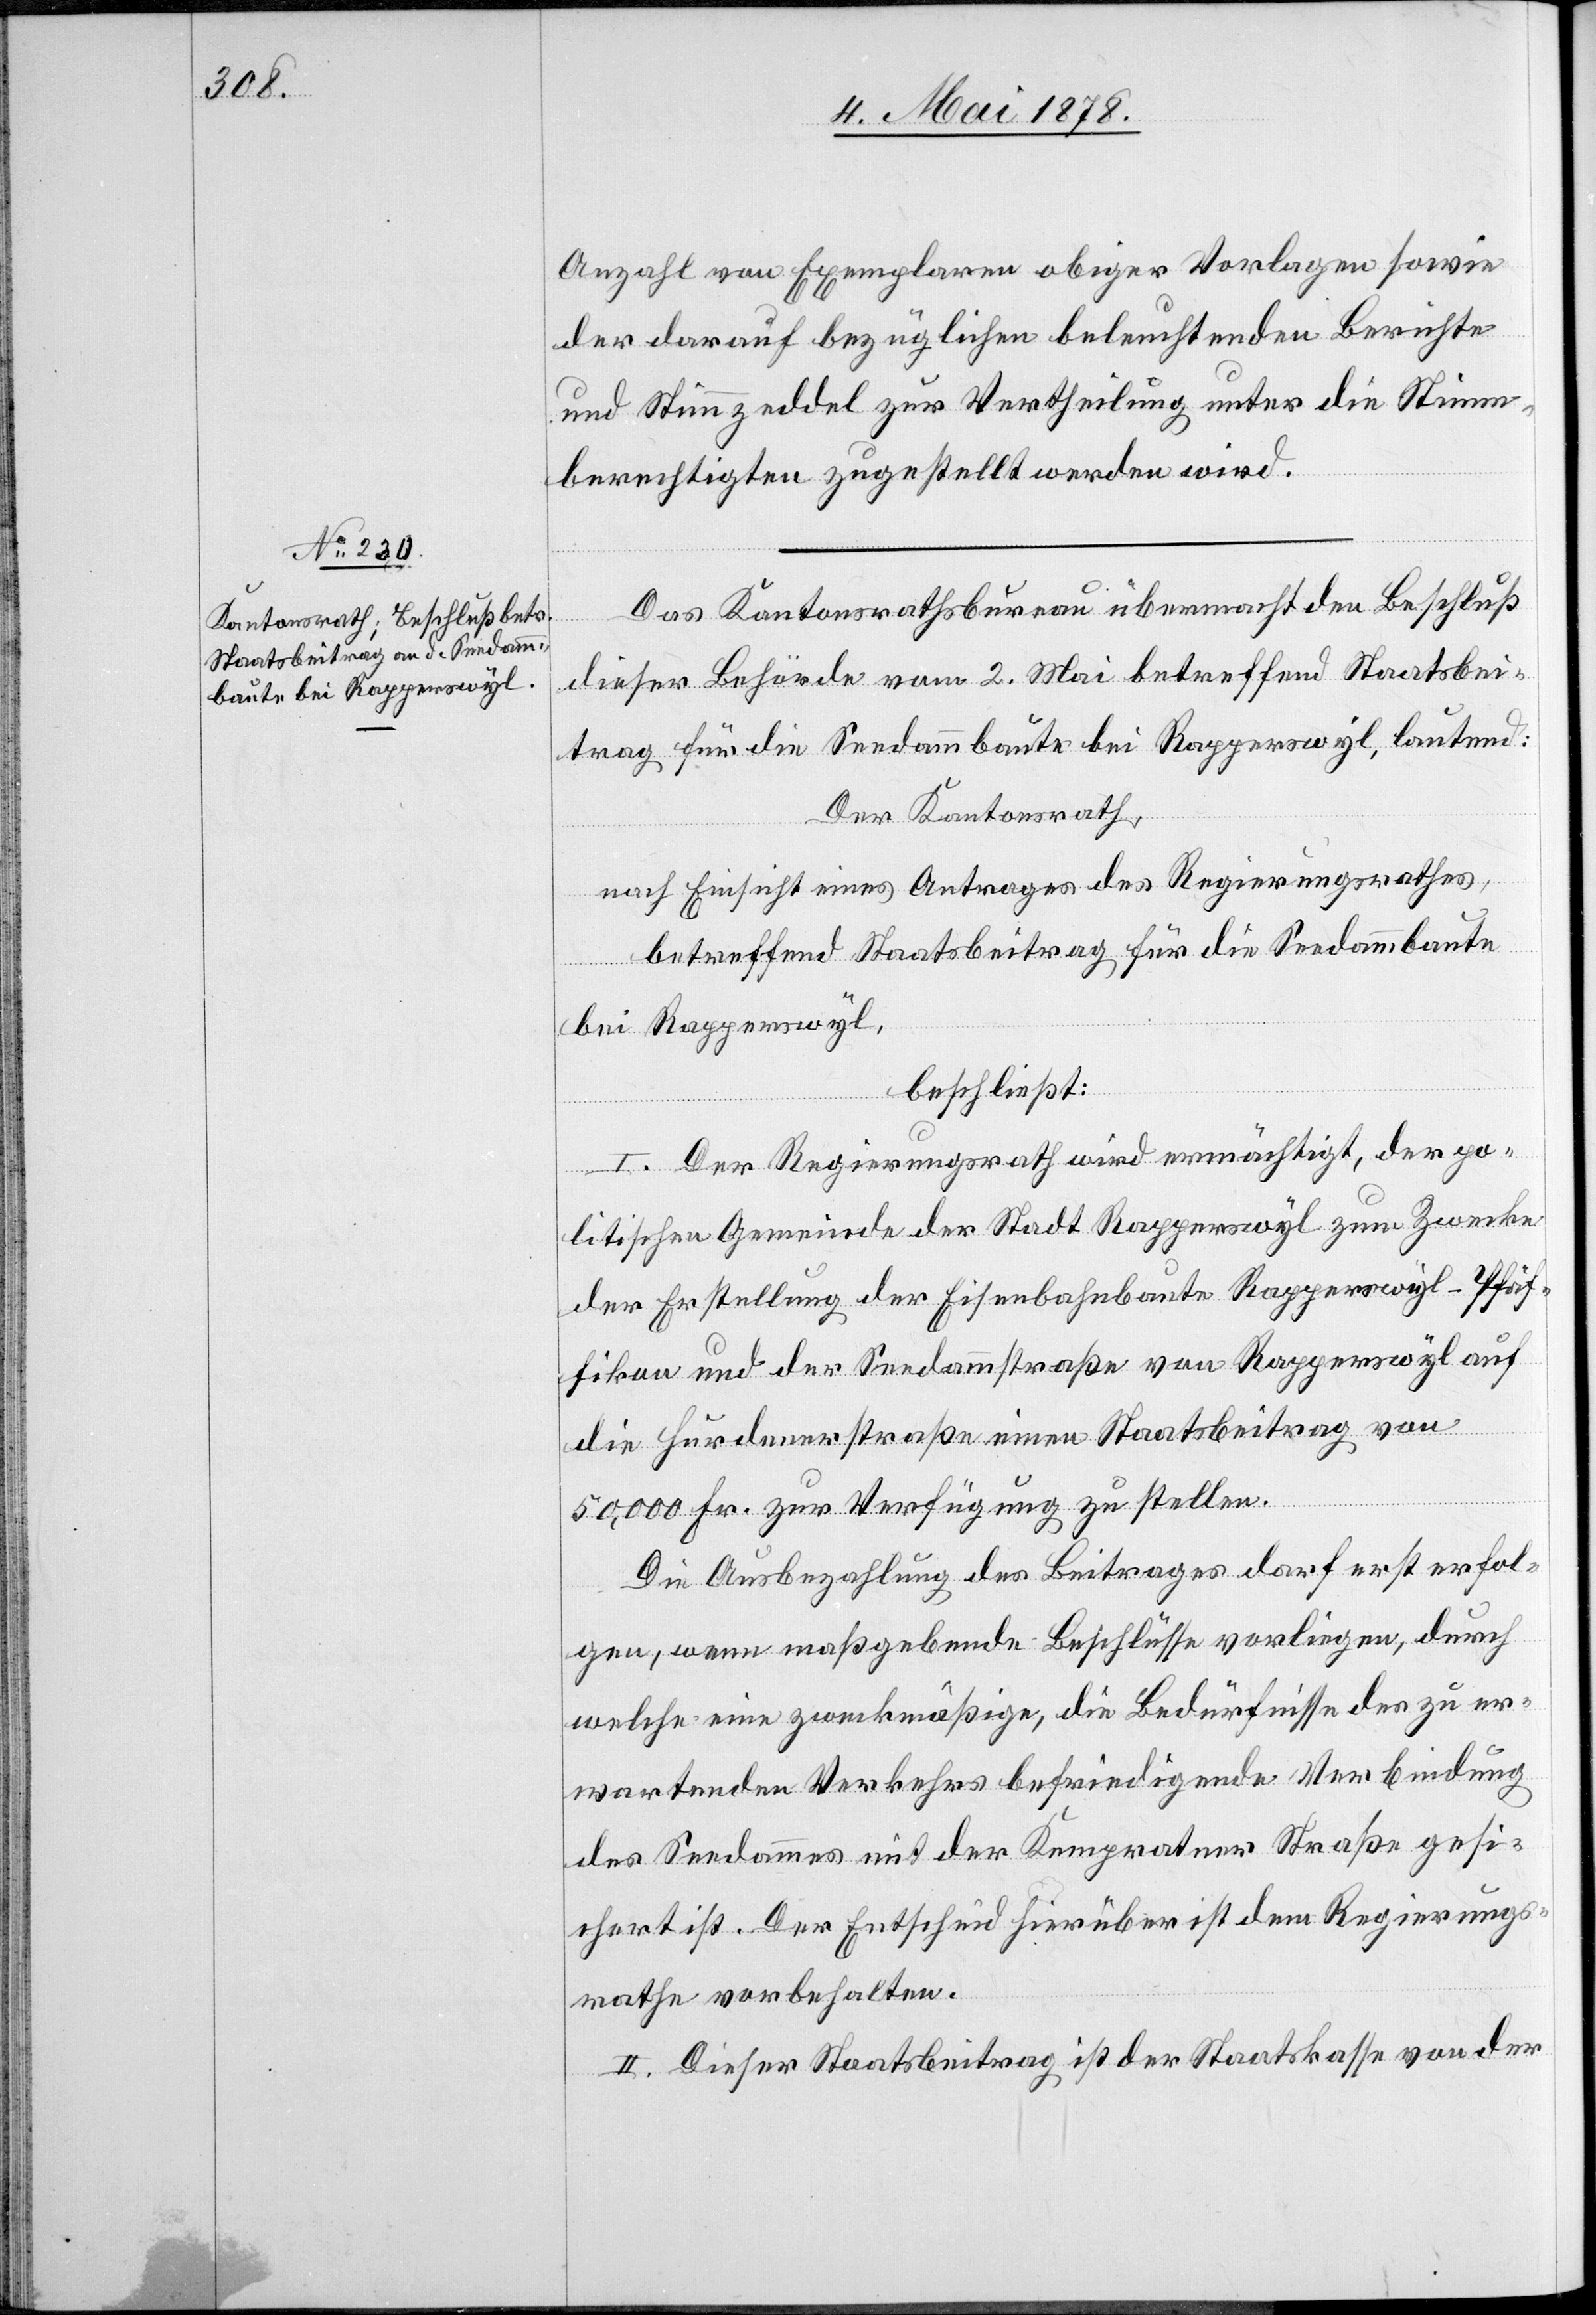
Anzahl von Exemplaren obiger Vorlagen sowie
der darauf bezüglichen beleuchtenden Berichte
und Stimmzeddel zur Vertheilung unter die Stimm¬
berechtigten zugestellt werden wird.
Das Kantonsrathsbureau übermacht den Beschluß
dieser Behörde vom 2. Mai betreffend Staatsbei¬
trag für die Seedammbaute bei Rapperswyl, lautend:
Der Kantonsrath,
nach Einsicht eines Antrages des Regierungsrathes,
betreffend Staatsbeitrag für die Seedammbaute
bei Rapperswyl,
beschließt:
I. Der Regierungsrath wird ermächtigt, der po¬
litischen Gemeinde der Stadt Rapperswyl zum Zwecke
der Erstellung der Eisenbahnbaute Rapperswyl–Pfäf¬
fikon und der Seedammstraße von Rapperswyl auf
die Hurdenerstraße einen Staatsbeitrag von
50,000 Fr. zur Verfügung zu stellen.
Die Ausbezahlung des Beitrages darf erst erfol¬
gen, wenn maßgebende Beschlüsse vorliegen, durch
welche eine zweckmäßige, die Bedürfnisse des zu er¬
wartenden Verkehrs befriedigende Verbindung
des Seedammes mit der Kempratner Straße ges¬
chehen ist. Der Entscheid hierüber ist dem Regierungs¬
rathe vorbehalten.
II. Dieser Staatsbeitrag ist der Staatskasse von der